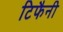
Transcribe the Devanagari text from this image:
टिफैनी